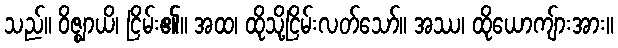
သည်။ ဝိဇ္ဈာယိ၊ ငြိမ်း၏။ အထ၊ ထိုသို့ငြိမ်းလတ်သော်။ အဿ၊ ထိုယောကျ်ားအား။